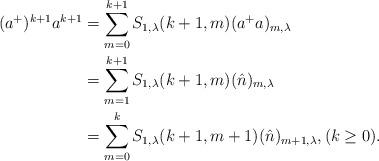
LaTeX: \begin{align*}(a^{+})^{k+1}a^{k+1}&=\sum_{m=0}^{k+1}S_{1,\lambda}(k+1,m)(a^{+}a)_{m,\lambda} \\&=\sum_{m=1}^{k+1}S_{1,\lambda}(k+1,m)(\hat{n})_{m,\lambda} \\&=\sum_{m=0}^{k}S_{1,\lambda}(k+1,m+1)(\hat{n})_{m+1,\lambda},(k \ge 0).\end{align*}